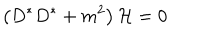
LaTeX: \left( D ^ { * } D ^ { * } + m ^ { 2 } \right) { \cal H } = 0